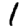
Digit: 1